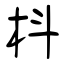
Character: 枓